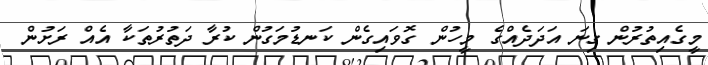
މީގެއިތުރުން ގިނަ އަދަދެއްގެ މީހުން ގޮވައިގެން ކަނޑުމަގުން ކުރާ ދަތުރުތަކާ އެއް ރަށުން